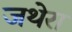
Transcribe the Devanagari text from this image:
जथेरा